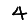
Digit: 4